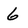
Character: 6